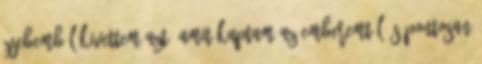
Zsebemből kivettem azt, amit kaptam az emberemtől és pontosan